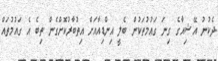
ދެކުނު އޭޝިއާގެ ގިނަ ގައުމުތަކުން ބެލީ އިންޑިއާއަށް އިތުބާރުކޮށްގެން ތިބެ އެ ގައުމުތައް